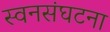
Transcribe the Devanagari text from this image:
स्वनसंघटना